Vaccine operations Central Provinces 1868-1885 - 1868-1885
Year: 1868
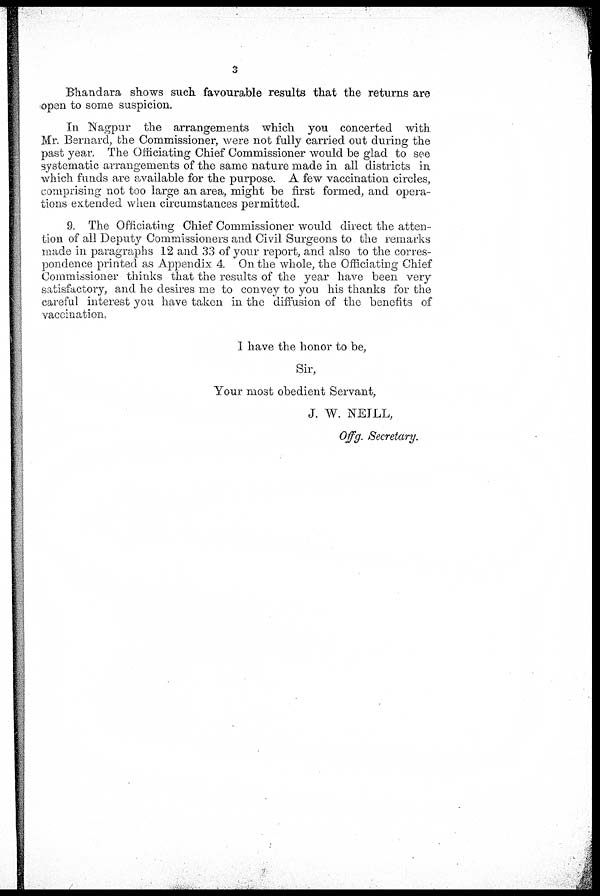
3
Bhandara shows such favourable results that the returns are
open to some suspicion.
In Nagpur the arrangements which you concerted with
Mr. Bernard, the Commissioner, were not fully carried out during the
past year. The Officiating Chief Commissioner would be glad to see
systematic arrangements of the same nature made in all districts in
which funds are available for the purpose. A few vaccination circles,
comprising not too large an area, might be first formed, and opera-
tions extended when circumstances permitted.
9. The Officiating Chief Commissioner would direct the atten-
tion of all Deputy Commissioners and Civil Surgeons to the remarks
made in paragraphs 12 and 33 of your report, and also to the corres-
pondence printed as Appendix 4. On the whole, the Officiating Chief
Commissioner thinks that the results of the year have been very
satisfactory, and he desires me to convey to you his thanks for the
careful interest you have taken in the diffusion of the benefits of
vaccination..
I have the honor to be,
Sir,
Your most obedient Servant,
J. W. NEILL,
Offg. Secretary.